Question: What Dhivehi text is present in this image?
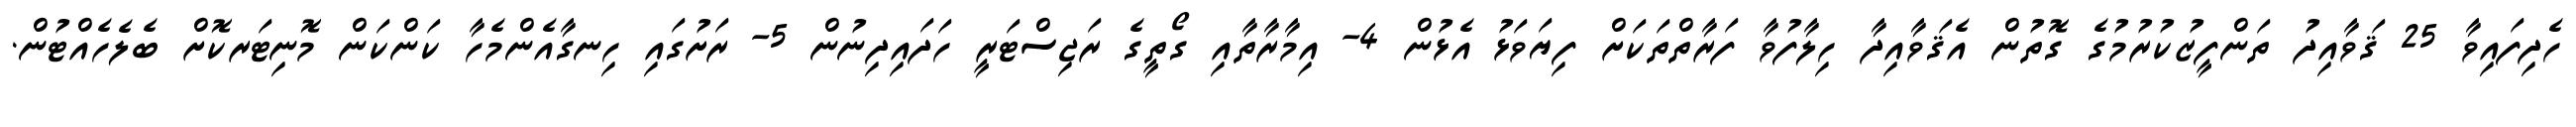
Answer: ހެދިފައިވާ 25 ޤަވާއިދު ތަންފީޒުކުރުމުގެ ގޮތުން އެޤަވާއިދާ ހިލާފުވާ ފަރާތްތަކަށް ފިޔަވަޅު އެޅުން 4- އިމާރާތާއި ގޯތީގެ ރަޖިސްޓަރީ ހަދައިދިނުން 5- ރަށުގައި ހިނގާއެންމެހާ ކަންކަން މޮނިޓަރކޮށް ބެލެހެއްޓުން.